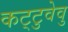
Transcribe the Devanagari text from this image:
कट्‌टुवेवु